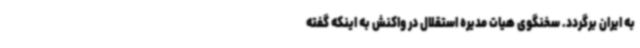
به ایران برگردد. سخنگوی هیات مدیره استقلال در واکنش به اینکه گفته